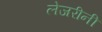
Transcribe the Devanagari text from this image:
लेजरीनी